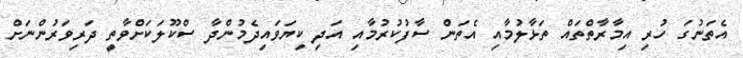
އެތަނުގަ ހުރި އިމާރާތްތައް ތަޅާލުމާއި އެތަން ސާފުކުރުމާއި އަދި ކިޔަވައިދެމުންދާ ސްކޫލަކަށްވާތީ ދަރިވަރުންނަށް